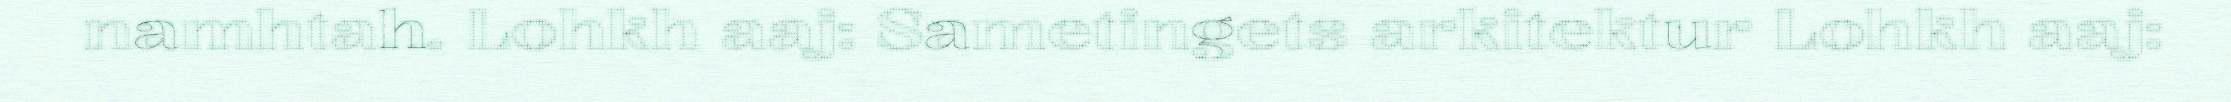
namhtah. Lohkh aaj: Sametingets arkitektur Lohkh aaj: